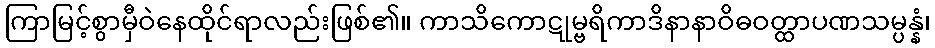
ကြာမြင့်စွာမှီဝဲနေထိုင်ရာလည်းဖြစ်၏။ ကာသိကောဋုမ္ဗရိကာဒိနာနာဝိဓဝတ္ထာပဏသမ္ပန္နံ၊